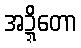
အဍ္ဍိတော